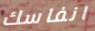
انفاسك